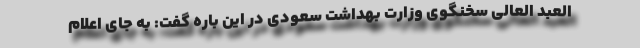
العبد العالی سخنگوی وزارت بهداشت سعودی در این باره گفت: به جای اعلام